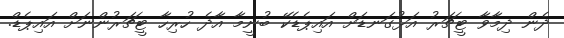
ދެން ދިމާވާ ޓީޗަރު އަޅުގަނޑަށް އައިޕެޑެކޭ ބުނީމާ އާދެ ހުރިހާ ޓީޗަރުންނަށް އައިޕެޑް.